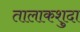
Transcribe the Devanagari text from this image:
तालाकशुदा